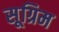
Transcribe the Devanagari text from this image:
सूग्रिम